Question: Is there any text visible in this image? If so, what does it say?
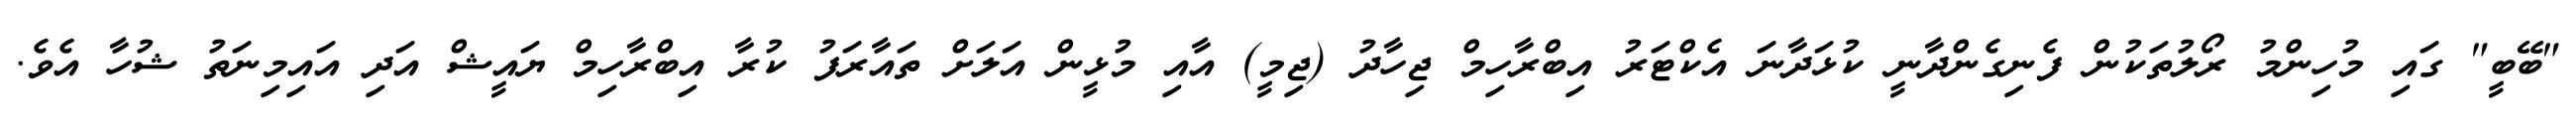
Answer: "ބޭބީ" ގައި މުހިންމު ރޯލުތަކުން ފެނިގެންދާނީ ކުޅަދާނަ އެކްޓަރު އިބްރާހިމް ޖިހާދު (ޖިމީ) އާއި މުޅީން އަލަށް ތައާރަފު ކުރާ އިބްރާހިމް ޔައީޝް އަދި އައިމިނަތު ޝުހާ އެވެ.